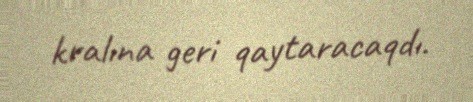
kralına geri qaytaracaqdı.